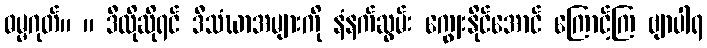
ဓမ္မဂုတ်။ ။ ဒီလိုဆိုရင် ဒီသံဃာအများကို နံနက်ဆွမ်း ကျွေးနိုင်အောင် ကြောင့်ကြ ဗျာပါရ